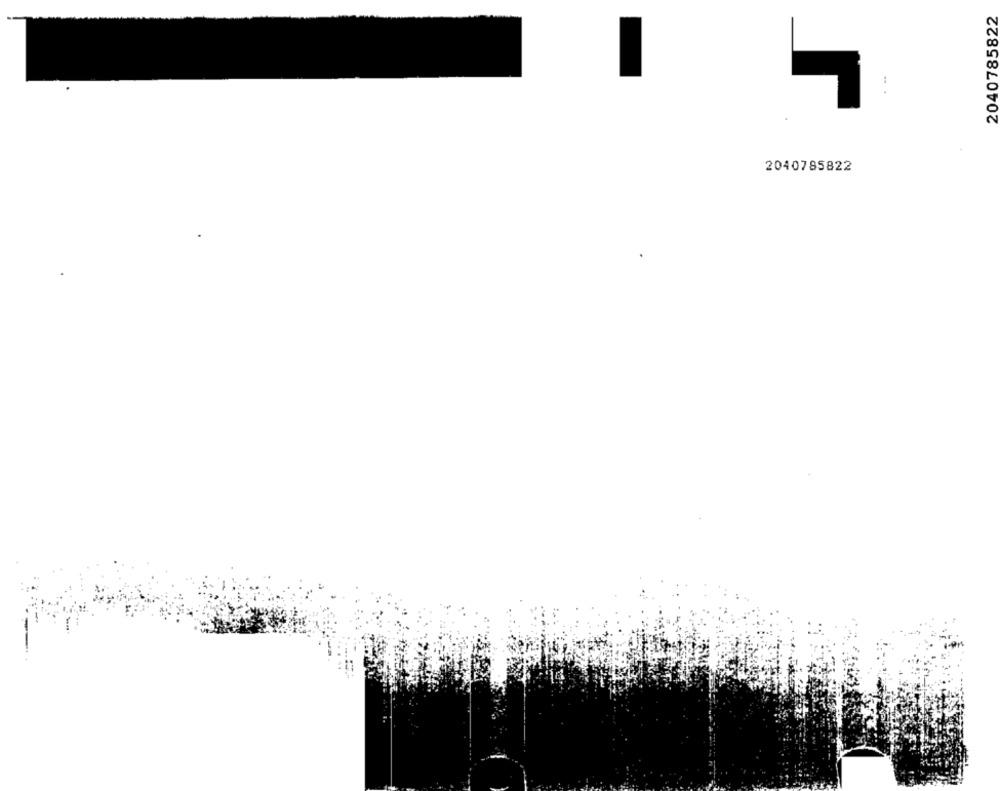
2040785822
2040785822